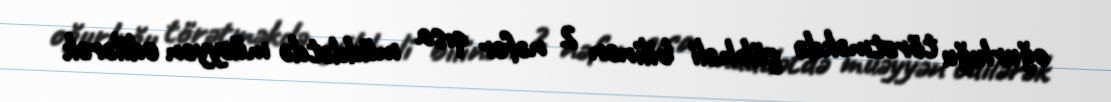
oğurluğu törətməkdə şübhəli bilinən 2 nəfər qısa müddətdə müəyyən edilərək